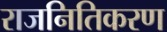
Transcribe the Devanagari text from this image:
राजनितिकरण